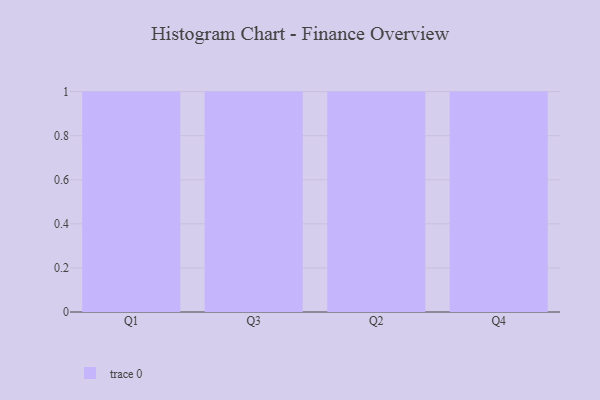
{"axis": {"x": "Quarter", "y": "Active Users"}, "legend": [""], "data": [{"x": "Q1", "y": 70, "type": ""}, {"x": "Q3", "y": 22, "type": ""}, {"x": "Q2", "y": 71, "type": ""}, {"x": "Q4", "y": 99, "type": ""}]}